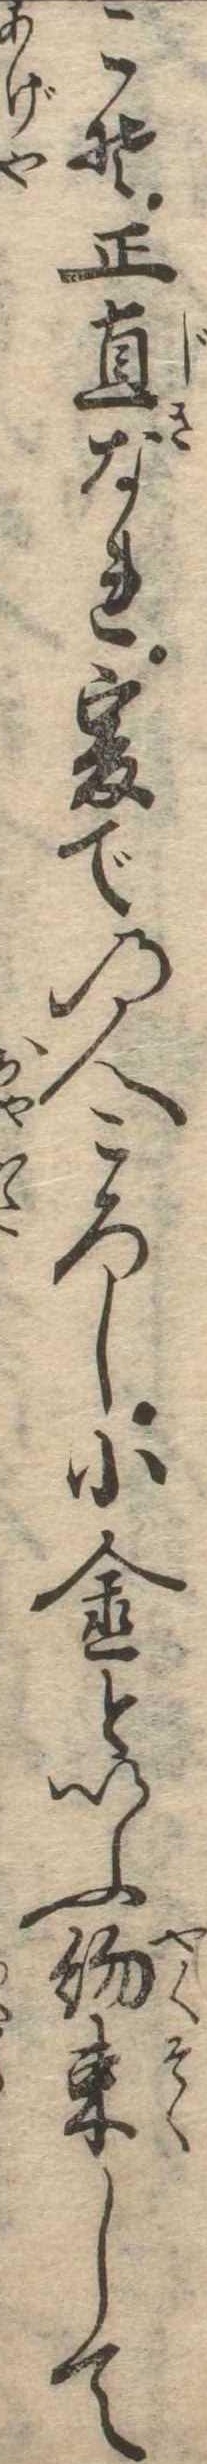
こそ正直なれ爰での人ころし小金といふ約束して